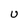
Character: U